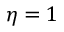
\eta = 1